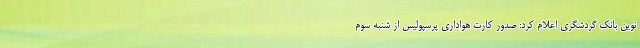
نوین بانک گردشگری اعلام کرد: صدور کارت هواداری پرسپولیس از شنبه سوم